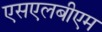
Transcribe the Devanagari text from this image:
एसएलबीएम